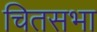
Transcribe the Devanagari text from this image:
चितसभा